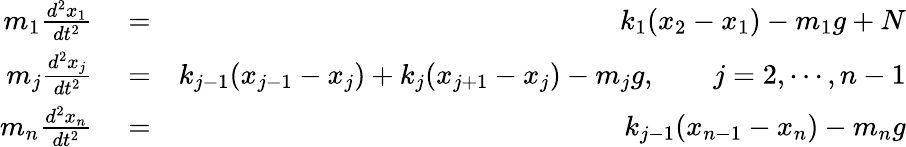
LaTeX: \begin{array}{rlr}{m_{1}\frac{d^{2}x_{1}}{dt^{2}}}&{{}=}&{k_{1}(x_{2}-x_{1})-m_{1}g+N}\\ {m_{j}\frac{d^{2}x_{j}}{dt^{2}}}&{{}=}&{k_{j-1}(x_{j-1}-x_{j})+k_{j}(x_{j+1}-x_{j})-m_{j}g,\qquad j=2,\cdots,n-1}\\ {m_{n}\frac{d^{2}x_{n}}{dt^{2}}}&{{}=}&{k_{j-1}(x_{n-1}-x_{n})-m_{n}g}\end{array}